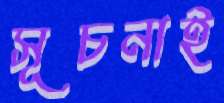
সূচনাই